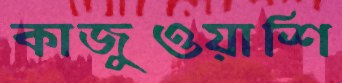
কাজুওয়াশি